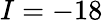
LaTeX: I=-18